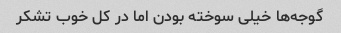
گوجه‌ها خیلی سوخته بودن اما در کل خوب تشکر